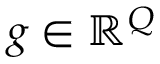
\boldsymbol { g } \in \mathbb { R } ^ { Q }